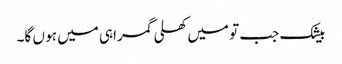
بیشک جب تو میں کھلی گمراہی میں ہو ں گا۔